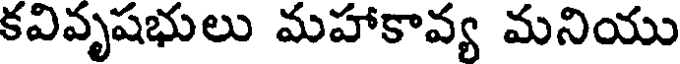
కవివృషభులు మహాకావ్య మనియు